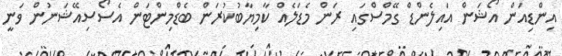
އިންޑިއަން އޯޝަން އައިލެންޑް ގޭމްސްގައި ރަން މެޑަލެއް ކާމިޔާބުކުރަން ބެޑްމިންޓަން އެސޯސިއޭޝަނުން ވަނީ